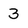
Character: 3